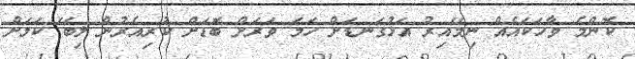
ކޮންމެ ވާހަކައެއް ނިމޭއިރު އަޅުގަނޑަށް ހަމަ ވަރަށް ބޮޑަށް ކުރިއެރުން ލިބޭ ކަމަށް